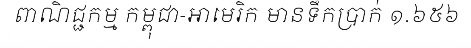
ពាណិជ្ជកម្ម កម្ពុជា-អាមេរិក មានទឹកប្រាក់ ១.៦៥៦